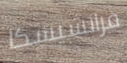
فرانشيسكا